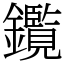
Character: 鑬